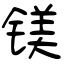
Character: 镁